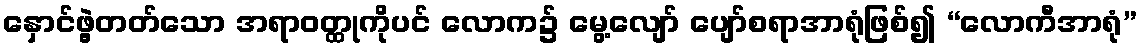
နှောင်ဖွဲ့တတ်သော အရာဝတ္ထုကိုပင် လောက၌ မွေ့လျော် ပျော်စရာအာရုံဖြစ်၍ “လောကီအာရုံ”